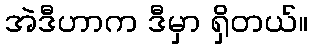
အဲဒီဟာက ဒီမှာ ရှိတယ်။